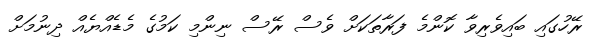
ރޭހުގައި ބައިވެރިވާ ކޮންމެ ފަރާތަކަށް ވެސް ރޭސް ނިންމި ކަމުގެ މެޑެއްޔެއް ދިނުމަށް